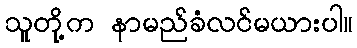
သူတို့က နာမည်ခံလင်မယားပါ။